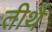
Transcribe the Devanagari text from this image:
तीर्थै